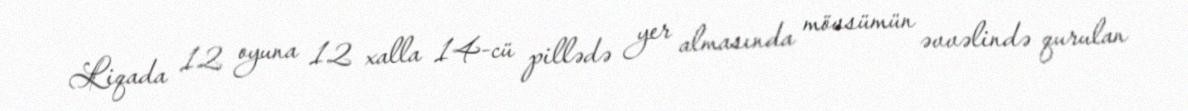
Liqada 12 oyuna 12 xalla 14-cü pillədə yer almasında mövsümün əvvəlində qurulan